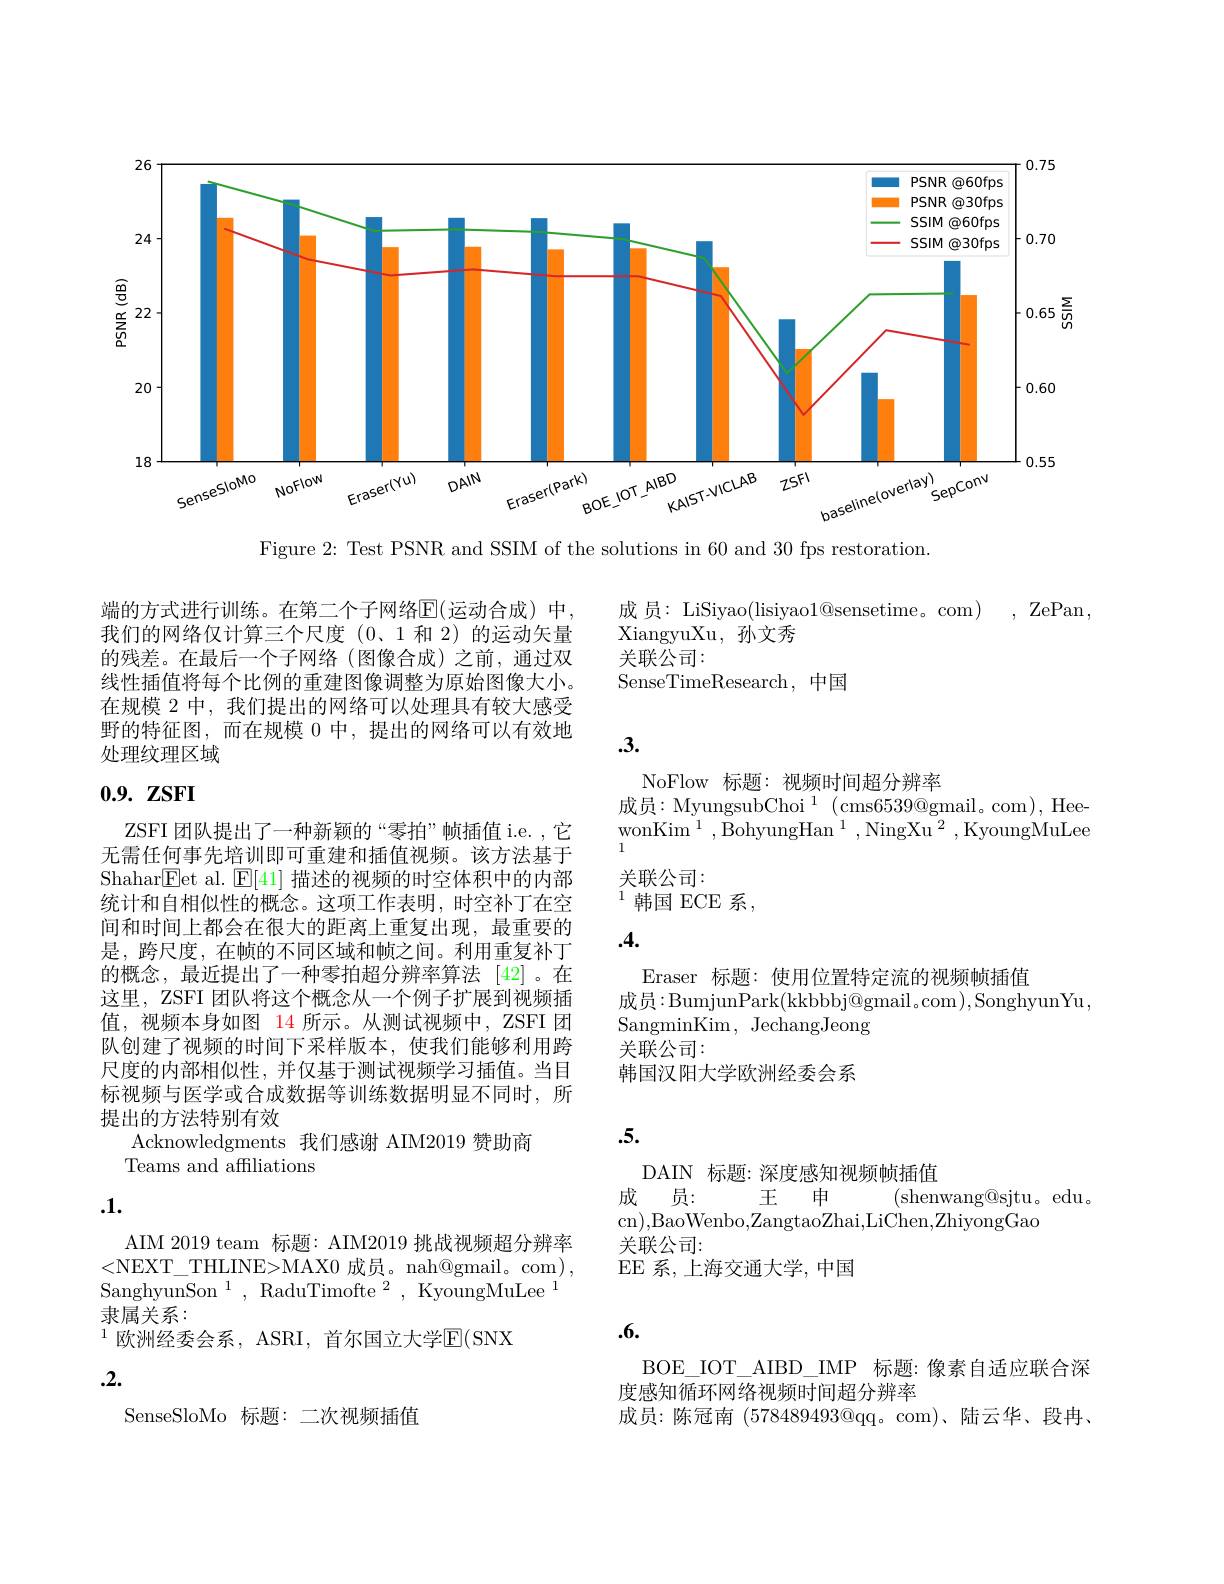
<FigureHere>

Figure 2: Test PSNR and SSIM of the solutions in 60 and 30 fps restoration.

成员：LiSiyao(lisiyao1@sensetime。com), ZePan
XiangyuXu,孙文秀
关联公司：
SenseTimeResearch,中国

端的方式进行训练。在第二个子网络$\mathbb{E}($运动合成)中， 我们的网络仅计算三个尺度(0、1 和 2)的运动矢量的残差。在最后一个子网络(图像合成)之前，通过双线性插值将每个比例的重建图像调整为原始图像大小。在规模 2 中，我们提出的网络可以处理具有较大感受野的特征图，而在规模 0 中，提出的网络可以有效地处理纹理区域

## .3.

NoFlow 标题：视频时间超分辨率

# 0.9. ZSFI

成员：MyungsubChoi$^1$(cms$6539@$gmail。com),Hee-

wonKim$^1,{\mathrm{BohyungHan}}^1,{\mathrm{NingXu}}^2,{\mathrm{KyoungMuLee}}$

关联公司：

$^{\text{1 韩国 ECE 系}}$,

## .4.

ZSFI 团队提出了一种新颖的“零拍”帧插值 i.e. ,它无需任何事先培训即可重建和插值视频。该方法基于Shahar$\boxed{\mathrm{E}}$et al. $\boxed{\mathrm{F}}[41]$描述的视频的时空体积中的内部统计和自相似性的概念。这项工作表明，时空补丁在空间和时间上都会在很大的距离上重复出现，最重要的是，跨尺度，在帧的不同区域和帧之间。利用重复补丁的概念，最近提出了一种零拍超分辨率算法 [42]。在这里，ZSFI 团队将这个概念从一个例子扩展到视频插值，视频本身如图 14 所示。从测试视频中，ZSFI团队创建了视频的时间下采样版本，使我们能够利用跨尺度的内部相似性，并仅基于测试视频学习插值。当目标视频与医学或合成数据等训练数据明显不同时，所提出的方法特别有效
Acknowledgments 我们感谢 AIM2019 赞助商
Teams and affiliations

Eraser 标题：使用位置特定流的视频帧插值
成员：BumjunPark(kkbbbj@gmail。com),SonghyunYu,
SangminKim, JechangJeong
关联公司：
韩国汉阳大学欧洲经委会系

## .5.

.1.

DAIN 标题：深度感知视频帧插值
成员：
王申
(shenwang@sjtu。edu.
cn),BaoWenbo,ZangtaoZhai,LiChen,ZhiyongGao
关联公司：
EE 系，上海交通大学，中国

AIM 2019 team 标题：AIM2019 挑战视频超分辨率<NEXT\_THLINE>MAX0 成员。nah@gmail。com), SanghyunSon$^1$,RaduTimofte$^2,\bar{\text{KyoungMuLee}}^1$ 隶属关系：
$^{1\text{ 欧洲经委会系，ASRI, 首尔国立大学}\mathrm{E(SNX})}$

.6.

.2.

BOE\_IOT\_AIBD\_IMP 标题：像素自适应联合深
度感知循环网络视频时间超分辨率
成员：陈冠南$(578489493@$qq。com)、陆云华、段冉、

SenseSloMo 标题：二次视频插值